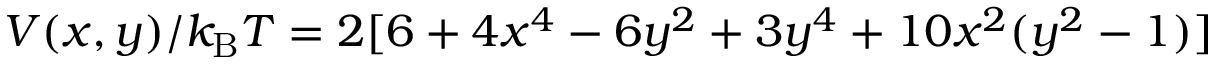
V ( x , y ) / k _ { \mathrm { B } } T = 2 [ 6 + 4 x ^ { 4 } - 6 y ^ { 2 } + 3 y ^ { 4 } + 1 0 x ^ { 2 } ( y ^ { 2 } - 1 ) ]